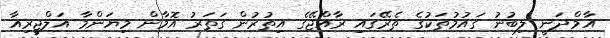
އާމްދަނީ ލިބުނު ގައުމުތަކުގެ ތެރޭގައި ރާއްޖޭގެ އިތުރުން ގަތަރު އޮމާން މިޔަންމާ އަލްޖީރިއާ